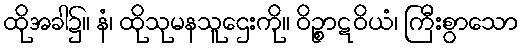
ထိုအခါ၌။ နံ၊ ထိုသုမနသူဌေးကို။ ဝိဉ္စာဋဝိယံ၊ ကြီးစွာသော